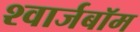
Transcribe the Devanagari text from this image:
श्वार्जबॉम